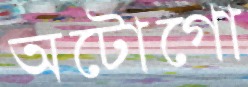
অটোগো